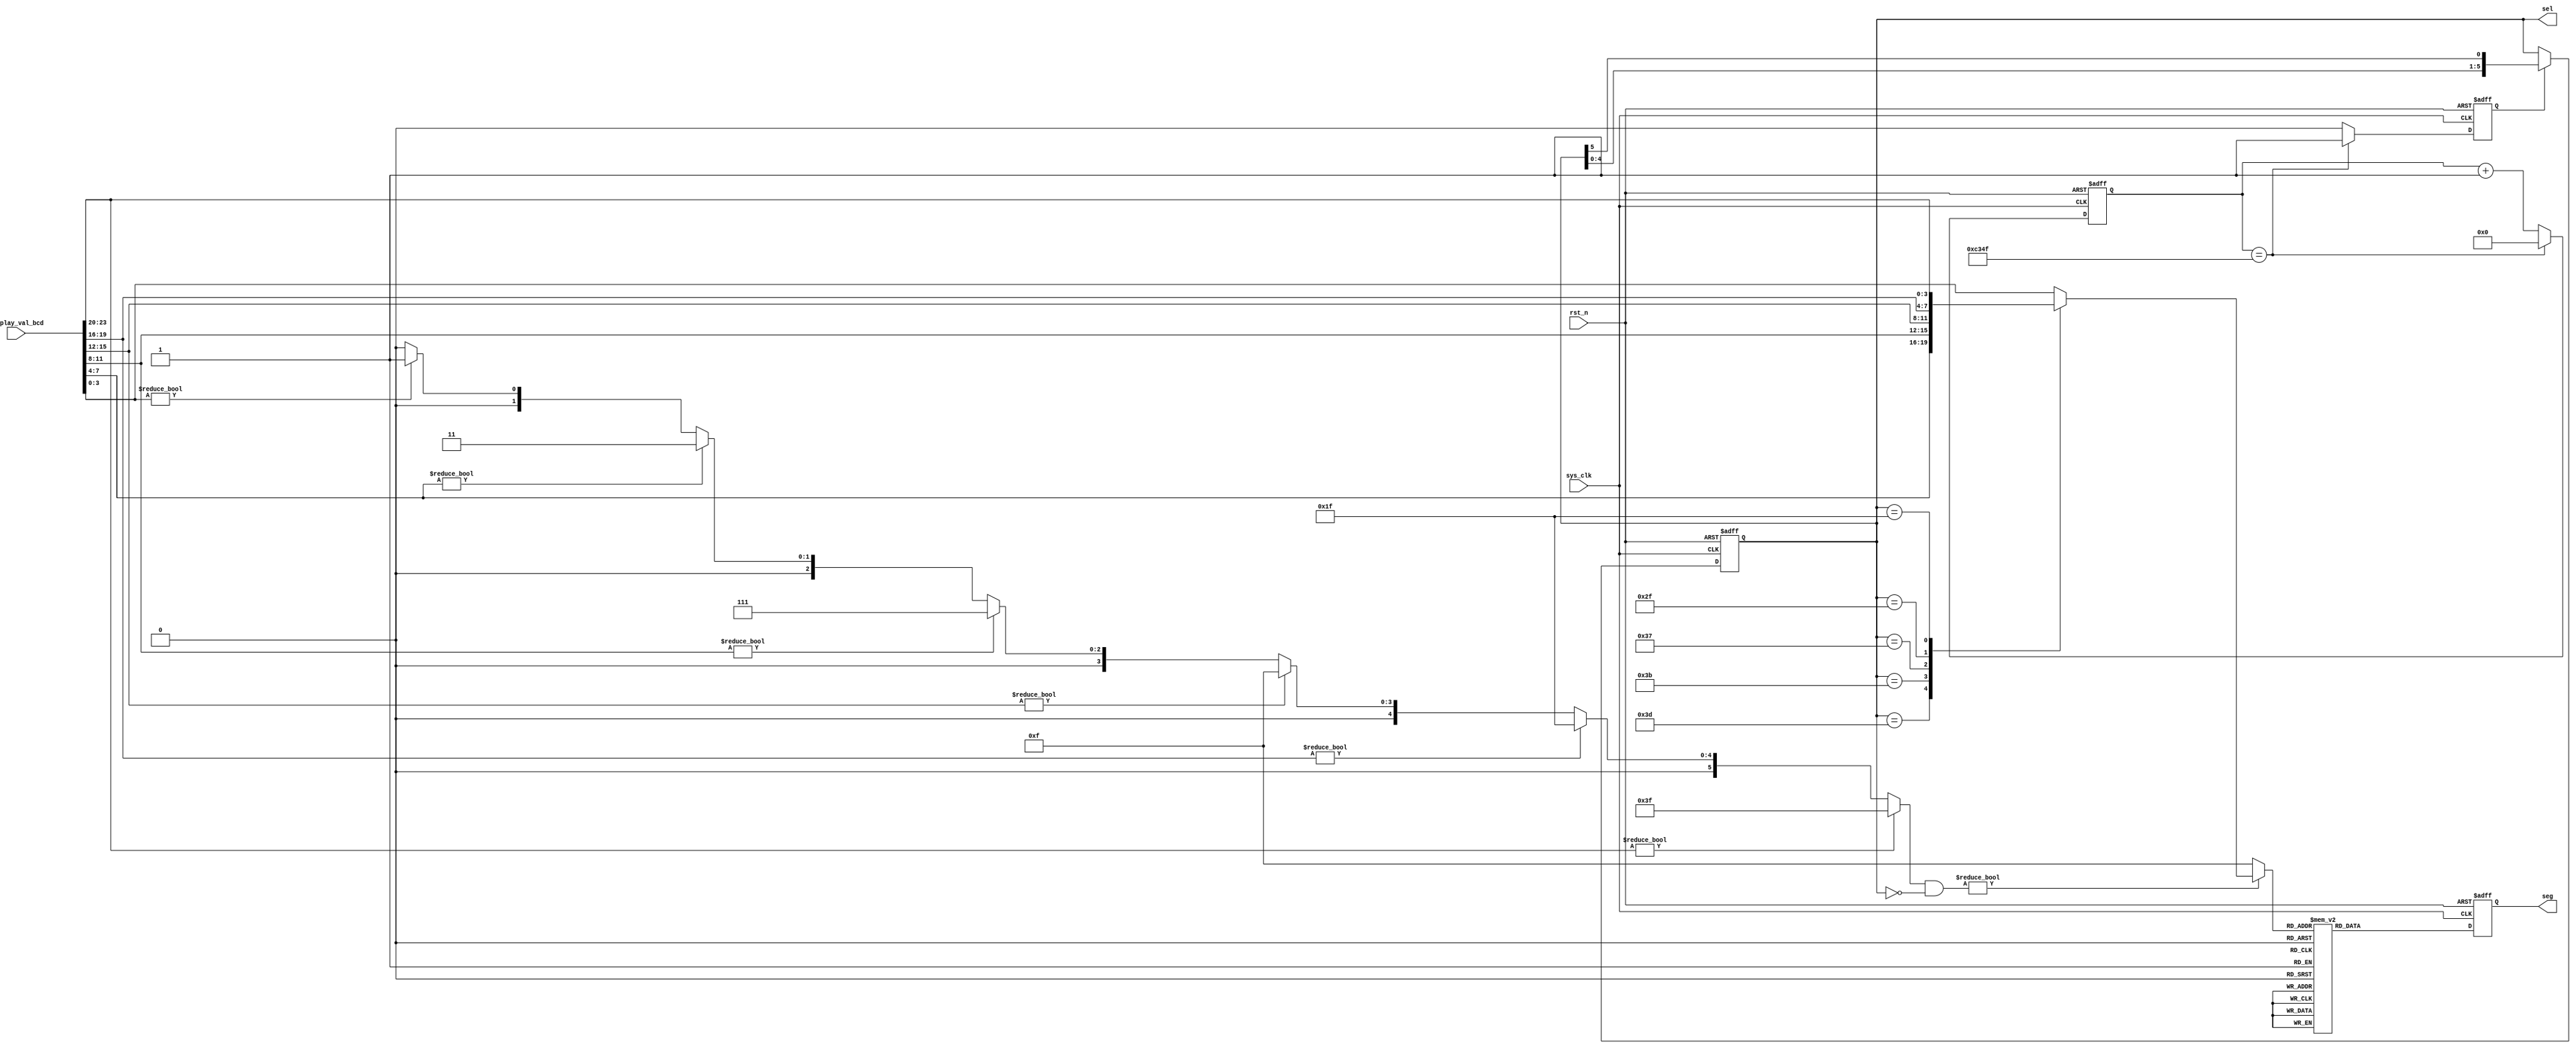
module Seg_Ctrl 
(
    input  wire       sys_clk, 
    input  wire       rst_n,            // 
    input  wire[23:0] display_val_bcd,  
    output reg [5:0]  sel,              //           
    output reg [7:0]  seg               //LED      
);  
   
    //
    parameter   SEG_0 = 8'b1100_0000,   SEG_1 = 8'b1111_1001,
                SEG_2 = 8'b1010_0100,   SEG_3 = 8'b1011_0000,
                SEG_4 = 8'b1001_1001,   SEG_5 = 8'b1001_0010,
                SEG_6 = 8'b1000_0010,   SEG_7 = 8'b1111_1000,
                SEG_8 = 8'b1000_0000,   SEG_9 = 8'b1001_0000,
                SEG_A = 8'b1000_1000,   SEG_B = 8'b1000_0011,
                SEG_C = 8'b1100_0110,   SEG_D = 8'b1010_0001,
                SEG_E = 8'b1000_0110,   SEG_F = 8'b1000_1110;
    //
    parameter   IDLE  = 8'b1111_1111;
    //1ms
    parameter   cnt_max = 16'd49_999;  //1kHz
    reg [15:0] cnt_val;                //
    reg        cnt_flag;               //
    reg [3:0]  display_val;            //
    reg [5:0]  non_zero_flag;          //0
    
    //
    always @(posedge sys_clk, negedge rst_n) begin
        if(rst_n == 1'b0) begin
            cnt_val <= 16'd0;
            cnt_flag <= 1'd0;
        end
        else if(cnt_val == cnt_max) begin
            cnt_val <= 16'd0;
            cnt_flag <= 1'd1;
        end
        else begin
            cnt_val <= cnt_val + 16'd1;
            cnt_flag <= 1'd0;
        end
    end
    
    
    //
    always @(posedge sys_clk, negedge rst_n) begin
        if(rst_n == 1'b0) 
            sel <= 6'b011_111;
        else if(cnt_flag == 1'b1) begin
            sel <= {sel[4:0], sel[5]};
        end
        else
            sel <= sel;
    end
    
    
    //non_zero_flag
    always @(*) begin
        if(display_val_bcd[23:20] != 4'd0)        //60
            non_zero_flag = 6'b111_111;
        else if(display_val_bcd[19:16] != 4'd0)   //500
            non_zero_flag = 6'b011_111;
        else if(display_val_bcd[15:12] != 4'd0)   //400
            non_zero_flag = 6'b001_111;                          
        else if(display_val_bcd[11:8] != 4'd0)    //300
            non_zero_flag = 6'b000_111;                          
        else if(display_val_bcd[7:4] != 4'd0)     //200
            non_zero_flag = 6'b000_011;                         
        else if(display_val_bcd[3:0] != 4'd0)     //100
            non_zero_flag = 6'b000_001;
        else                                      //0
            non_zero_flag = 6'b000_000;
    end
    
    
    //
    //0display_val9seg = IDLE
    always @(*) begin
        //56040non_zero_flag = 001_111,sel = 011_111/101_111non_zero_flag & (~sel)0
        if(non_zero_flag & (~sel))   
            case(sel)   
                6'b111_110: display_val = display_val_bcd[3:0];
                6'b111_101: display_val = display_val_bcd[7:4];
                6'b111_011: display_val = display_val_bcd[11:8];
                6'b110_111: display_val = display_val_bcd[15:12];
                6'b101_111: display_val = display_val_bcd[19:16];
                6'b011_111: display_val = display_val_bcd[23:20];    
                default:    display_val = display_val_bcd[3:0];
            endcase        
        else
            display_val = 4'hf;
    end
    
    
    //
    always @(posedge sys_clk, negedge rst_n) begin
        if(rst_n == 1'b0) 
            seg <= IDLE;
        else
            case(display_val) 
                4'h0:   seg <= SEG_0;
                4'h1:   seg <= SEG_1;
                4'h2:   seg <= SEG_2;
                4'h3:   seg <= SEG_3;
                4'h4:   seg <= SEG_4;
                4'h5:   seg <= SEG_5;
                4'h6:   seg <= SEG_6;
                4'h7:   seg <= SEG_7;
                4'h8:   seg <= SEG_8;
                4'h9:   seg <= SEG_9;
                default:seg <= IDLE; 
            endcase
    end
    
endmodule